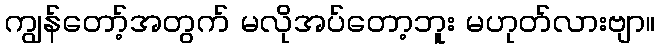
ကျွန်တော့်အတွက် မလိုအပ်တော့ဘူး မဟုတ်လားဗျာ။